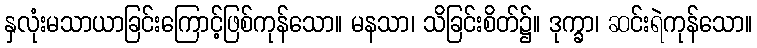
နှလုံးမသာယာခြင်းကြောင့်ဖြစ်ကုန်သော။ မနသာ၊ သိခြင်းစိတ်၌။ ဒုက္ခာ၊ ဆင်းရဲကုန်သော။